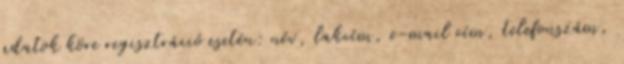
adatok köre regisztráció esetén: név, lakcím, e-mail cím, telefonszám,